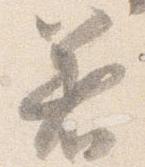
着